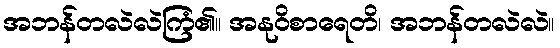
အဘန်တလဲလဲကြံ၏။ အနုဝိစာရေတိ၊ အဘန်တလဲလဲ။